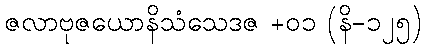
ဇလာဗုဇယောနိသံသေဒဇ +၀၁ (နိ-၁၂၅)